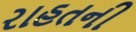
રાહતની